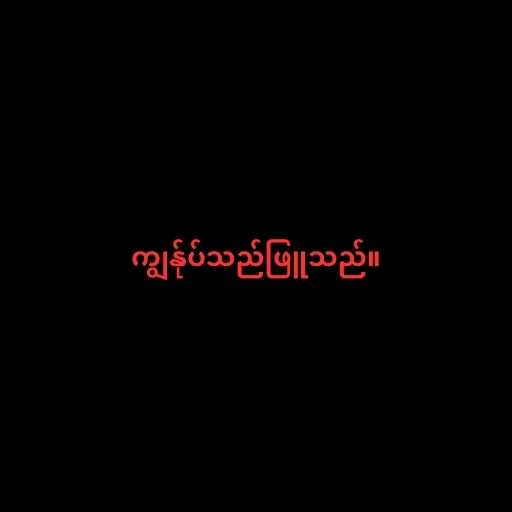
ကျွန်ုပ်သည်ဖြူသည်။